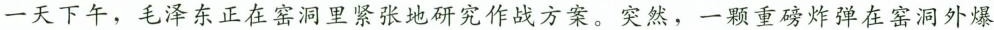
一天下午，毛泽东正在窑洞里紧张地研究作战方案。突然，一颗重磅炸弹在窑洞外爆